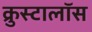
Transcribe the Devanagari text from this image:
क्रुस्टालॉस